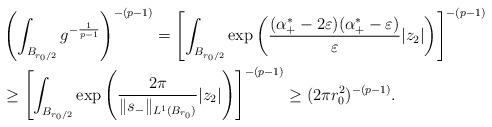
LaTeX: \begin{align*}&\left(\int_{B_{r_0/2}}g^{-\frac{1}{p-1}}\right)^{-(p-1)}=\left[\int_{B_{r_0/2}}\exp\left(\frac{(\alpha_+^\ast-2\varepsilon)(\alpha_+^\ast-\varepsilon)}{\varepsilon}|z_2|\right)\right]^{-(p-1)} \\ &\geq \left[\int_{B_{r_0/2}}\exp\left(\frac{2\pi}{\|s_-\|_{L^1(B_{r_0})}}|z_2|\right)\right]^{-(p-1)}\geq (2\pi r_0^2)^{-(p-1)}. \end{align*}